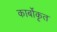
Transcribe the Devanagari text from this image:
कार्बोकृत